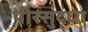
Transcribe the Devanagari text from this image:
पीरसुद्धा